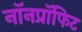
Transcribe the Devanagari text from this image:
नॉनप्रॉफिट